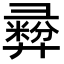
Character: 彛